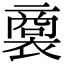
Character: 𧜟